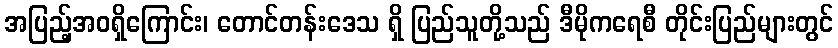
အပြည့်အဝရှိကြောင်း၊ တောင်တန်းဒေသ ရှိ ပြည်သူတို့သည် ဒီမိုကရေစီ တိုင်းပြည်များတွင်